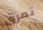
تمزق